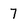
Character: 7